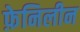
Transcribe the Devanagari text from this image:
फ़ेनिलीन